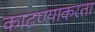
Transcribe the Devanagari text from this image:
काढण्याकरता